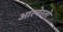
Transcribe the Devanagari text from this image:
आल्वेरतो